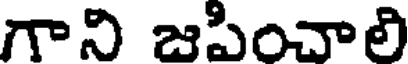
గాని జపించాలి